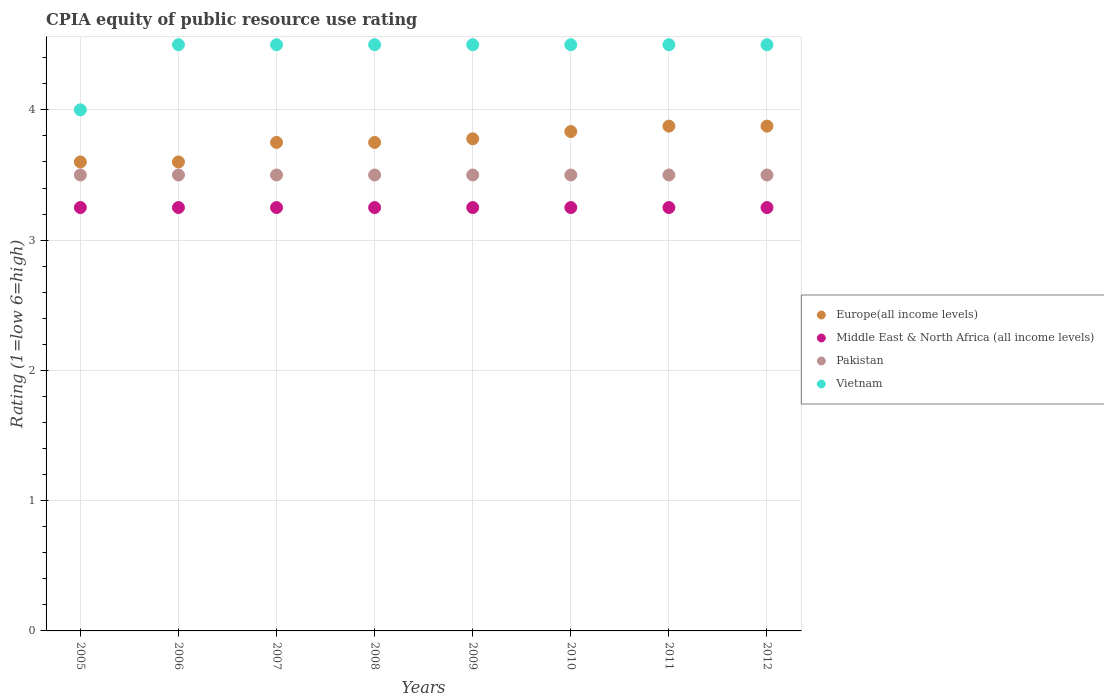
| Years | Europe(all income levels) | Middle East & North Africa (all income levels) | Pakistan | Vietnam |
 | --- | --- | --- | --- | --- |
 | 2005 | 3.6 | 3.25 | 3.5 | 4 |
 | 2006 | 3.6 | 3.25 | 3.5 | 4.5 |
 | 2007 | 3.75 | 3.25 | 3.5 | 4.5 |
 | 2008 | 3.75 | 3.25 | 3.5 | 4.5 |
 | 2009 | 3.78 | 3.25 | 3.5 | 4.5 |
 | 2010 | 3.83 | 3.25 | 3.5 | 4.5 |
 | 2011 | 3.88 | 3.25 | 3.5 | 4.5 |
 | 2012 | 3.88 | 3.25 | 3.5 | 4.5 |